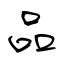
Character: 品